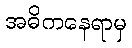
အဓိကနေရာမှ